Problem: 9 × 7 = ?
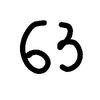
Handwritten answer: 63